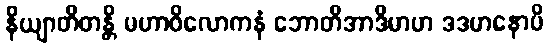
နိယျာတိတန္တိ မဟာဝိလောကနံ ဘောတိအာဒိမာဟ ဒဒမာနောပိ